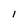
Character: l